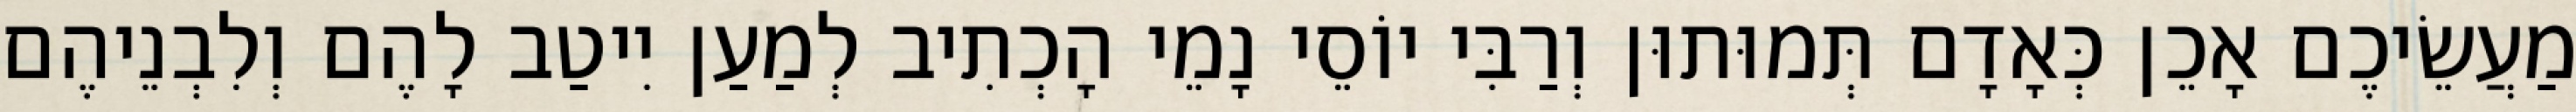
מַעֲשֵׂיכֶם אָכֵן כְּאָדָם תְּמוּתוּן וְרַבִּי יוֹסֵי נָמֵי הָכְתִיב לְמַעַן יִיטַב לָהֶם וְלִבְנֵיהֶם